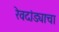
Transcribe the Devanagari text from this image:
रेवदांड्याचा